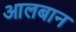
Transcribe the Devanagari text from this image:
आलबान